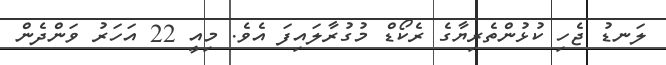
ލަނޑު ޖެހި ކުޅުންތެރިޔާގެ ރެކޯޑް މުގުރާލައިފަ އެވެ. މިއީ 22 އަހަރު ވަންދެން